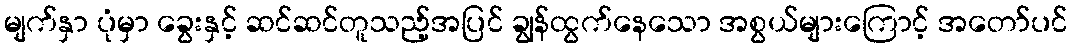
မျက်နှာ ပုံမှာ ခွေးနှင့် ဆင်ဆင်တူသည့်အပြင် ချွန်ထွက်နေသော အစွယ်များကြောင့် အတော်ပင်